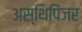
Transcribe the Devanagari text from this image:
अस्थिपिंजर